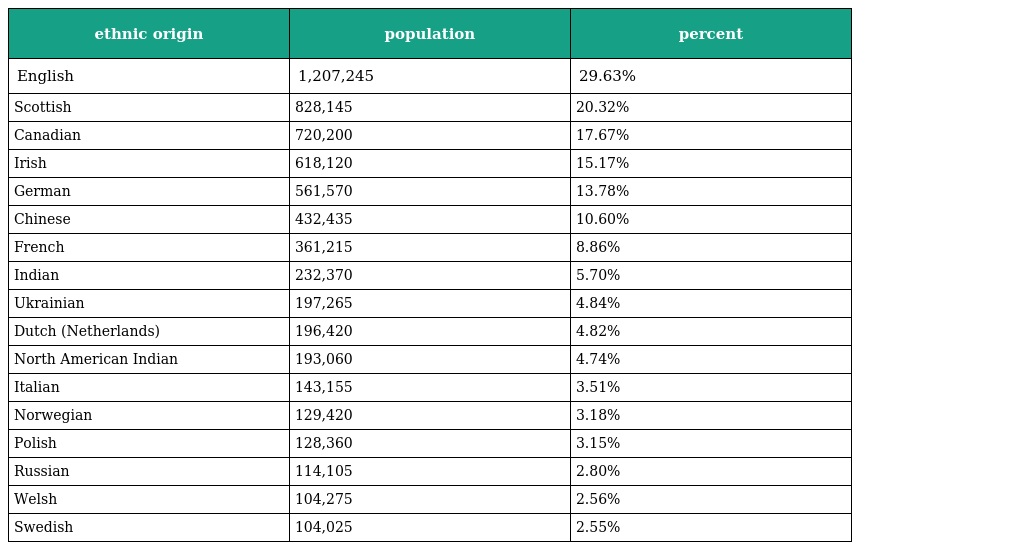
| ethnic origin | population | percent |
 | --- | --- | --- |
 | English | 1,207,245 | 29.63% |
 | Scottish | 828,145 | 20.32% |
 | Canadian | 720,200 | 17.67% |
 | Irish | 618,120 | 15.17% |
 | German | 561,570 | 13.78% |
 | Chinese | 432,435 | 10.60% |
 | French | 361,215 | 8.86% |
 | Indian | 232,370 | 5.70% |
 | Ukrainian | 197,265 | 4.84% |
 | Dutch (Netherlands) | 196,420 | 4.82% |
 | North American Indian | 193,060 | 4.74% |
 | Italian | 143,155 | 3.51% |
 | Norwegian | 129,420 | 3.18% |
 | Polish | 128,360 | 3.15% |
 | Russian | 114,105 | 2.80% |
 | Welsh | 104,275 | 2.56% |
 | Swedish | 104,025 | 2.55% |